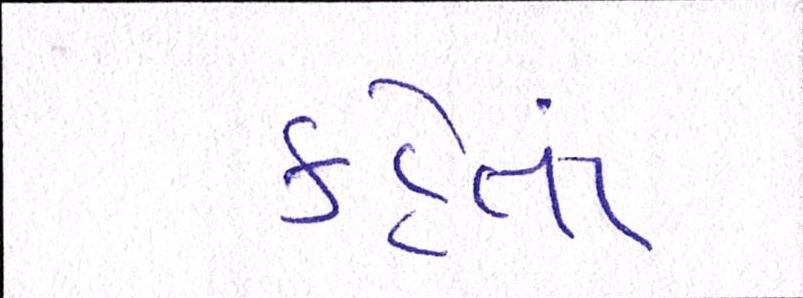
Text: કહેતાં